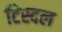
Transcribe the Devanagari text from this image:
टिस्दल